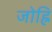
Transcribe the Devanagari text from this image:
जोह्रि